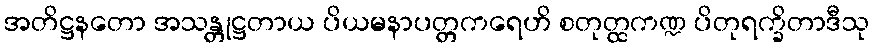
အတိဋ္ဌနတော အသန္တုဋ္ဌတာယ ပိယမနာပတ္တကရေဟိ စတုတ္ထကဏ္ဍ ပိတုရက္ခိတာဒီသု